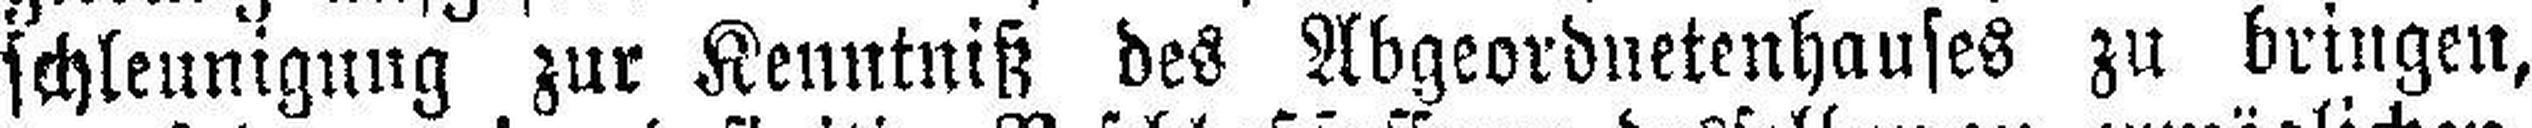
schleunigung zur Kenntniß des Abgeordnetenhauses zu bringen,